Annual administration report of the Civil Veterinary Department of India - 1901-1902
Year: 1901
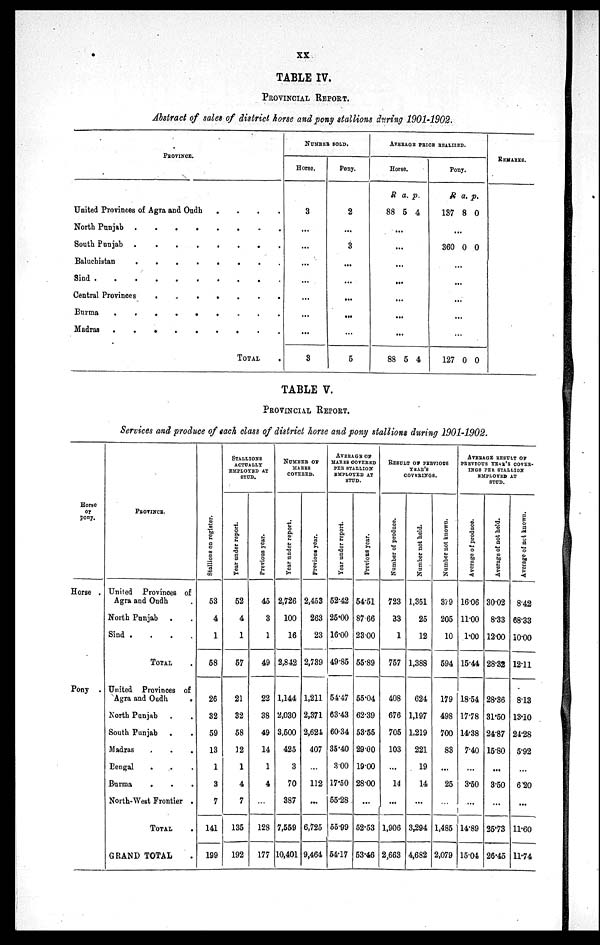
XX
TABLE IV.
PROVINCIAL REPORT.
Abstract of sales of district horse and pony stallions during 1901-1902.
PROVINCE.
United Provinces of Agra and Oudh
.
.
.
.
North Punjab
.
.
.
.
.
South Punjab
.
.
.
.
.
.
.
Baluchistan
.
.
.
.
.
Sind . . .. . . ..
Central Provinces
.
.
.
.
.
.
.
Burma
.
.
.
.
.
.
.
.
.
Madras
.
.
.
.
.
.
.
.
.
TOTAL .
NUMBER SOLD.
Horse.
3
...
...
...
...
...
...
...
3
Pony.
2
...
3
...
...
...
...
...
5
AVERAGE PRICE REALIZED.
Horse.
R
88
...
...
...
...
...
...
...
88
a.
5
5
p.
4
4
Pony.
R
137
..
360
...
...
...
...
...
127
a.
8
.
0
0
p.
0
0
0
REMARKS.
TABLE V.
PROVINCIALl REPORT.
Services and produce of each class of district horse and pony stallions during 1901-1902.
Horse
or
pony.
Horse .
Pony .
PROVINCE.
United Provinces of
Agra and Oudh .
North Punjab . .
Sind . . . .
TOTAL .
United Provinces of
Agra and Oudh
.
North Punjab . .
South Punjab . .
Madras . . .
Bengal . . .
Burma
. . .
North-West Frontier .
TOTAL .
GRAND TOTAL .
Stallions
on register.
53
4
1
58
26
32
59
13
1
3
7
141
199
STALLIONS
ACTUALLY
EMPLOYED AT
STUD.
Year under report.
52
4
1
57
21
32
58
12
1
4
7
135
192
Previous year.
45
3
1
49
22
38
49
14
1
4
...
128
177
NUMBER OF
MARES
COVERED.
Year under report.
2,726
100
16
2,842
1,144
2,030
3,500
425
3
70
387
7,559
10,401
Previous year.
2,453
263
23
2,739
1,211
2,371
2,624
407
...
112
...
6,725
9,464
AVERAGE OF
MARES COVERED
PER STALLION
EMPLOYED AT
STUD.
Year under report.
52.42
25.00
16.00
49.85
54.47
63.43
60.34
35.40
300
17.50
55.28
55.99
54.17
Previous year.
54.51
87 66
2300
55.89
55.04
62.39
53.55
29.00
19.00
28.00
...
52.53
53.46
RESULT OF PREVIOUS
YEAR'S
COVERINGS.
Number of produce.
723
33
1
757
408
676
705
103
...
14
...
1,906
2,663
Number not held.
1,351
25
12
1,388
624
1,197
1,219
221
19
14
...
3,294
4,682
Number not known.
379
205
10
594
179
498
700
83
...
25
...
1,485
2,079
AVERAGE RESULT OF
PREVIOUS YEAR'S COVER-
---- PER STALLION
EMPLOYED AT
STUD.
Average of produce.
16 06
11.00
1.00
15.44
18.54
17.78
14.38
7.40
...
3.50
...
14.89
15.04
Average of not held.
30.02
8.33
12.00
28.32
28.36
31.50
24.87
15.80
...
3.50
...
25.73
26.45
Average
of not known.
8.42
68.33
10.00
1211
8.13
13.10
24.28
5.92
...
6.20
...
11.60
11.74